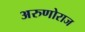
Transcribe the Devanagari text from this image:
अरुणोराज